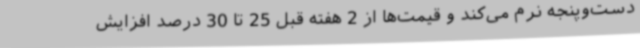
دست‌وپنجه نرم می‌کند و قیمت‌ها از 2 هفته قبل 25 تا 30 درصد افزایش